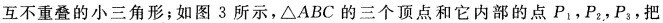
互不重叠的小三角形；如图3所示，\triangle ABC的三个顶点和它内部的点P_{1}，P_{2}，P_{3}，把